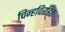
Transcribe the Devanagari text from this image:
चिन्हविरहित